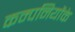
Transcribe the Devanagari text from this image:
कम्पनियोंके